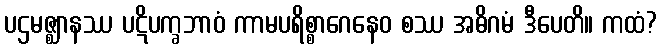
ပဌမဇ္ဈာနဿ ပဋိပက္ခဘာဝံ ကာမပရိစ္စာဂေနေဝ စဿ အဓိဂမံ ဒီပေတိ။ ကထံ?